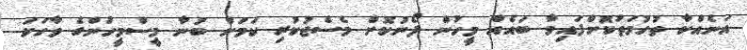
އަނެއްކާ ތުހުމަތުކޮށްފައިވާ ބައެއް މީހުން ފޯނުކޮށް މެސެޖުކުރި ކަމަށް ބުނާ މީސްމީހުންގެ ވާހަކަ